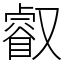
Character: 叡